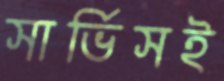
সার্ভিসই